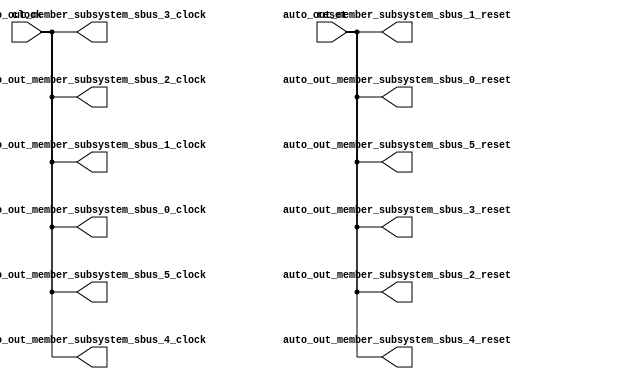
module SimpleClockGroupSource(
  input   clock,
  input   reset,
  output  auto_out_member_subsystem_sbus_5_clock,
  output  auto_out_member_subsystem_sbus_5_reset,
  output  auto_out_member_subsystem_sbus_4_clock,
  output  auto_out_member_subsystem_sbus_4_reset,
  output  auto_out_member_subsystem_sbus_3_clock,
  output  auto_out_member_subsystem_sbus_3_reset,
  output  auto_out_member_subsystem_sbus_2_clock,
  output  auto_out_member_subsystem_sbus_2_reset,
  output  auto_out_member_subsystem_sbus_1_clock,
  output  auto_out_member_subsystem_sbus_1_reset,
  output  auto_out_member_subsystem_sbus_0_clock,
  output  auto_out_member_subsystem_sbus_0_reset
);
  assign auto_out_member_subsystem_sbus_5_clock = clock; // @[Nodes.scala 1207:84 ClockGroup.scala 72:17]
  assign auto_out_member_subsystem_sbus_5_reset = reset; // @[Nodes.scala 1207:84 ClockGroup.scala 72:35]
  assign auto_out_member_subsystem_sbus_4_clock = clock; // @[Nodes.scala 1207:84 ClockGroup.scala 72:17]
  assign auto_out_member_subsystem_sbus_4_reset = reset; // @[Nodes.scala 1207:84 ClockGroup.scala 72:35]
  assign auto_out_member_subsystem_sbus_3_clock = clock; // @[Nodes.scala 1207:84 ClockGroup.scala 72:17]
  assign auto_out_member_subsystem_sbus_3_reset = reset; // @[Nodes.scala 1207:84 ClockGroup.scala 72:35]
  assign auto_out_member_subsystem_sbus_2_clock = clock; // @[Nodes.scala 1207:84 ClockGroup.scala 72:17]
  assign auto_out_member_subsystem_sbus_2_reset = reset; // @[Nodes.scala 1207:84 ClockGroup.scala 72:35]
  assign auto_out_member_subsystem_sbus_1_clock = clock; // @[Nodes.scala 1207:84 ClockGroup.scala 72:17]
  assign auto_out_member_subsystem_sbus_1_reset = reset; // @[Nodes.scala 1207:84 ClockGroup.scala 72:35]
  assign auto_out_member_subsystem_sbus_0_clock = clock; // @[Nodes.scala 1207:84 ClockGroup.scala 72:17]
  assign auto_out_member_subsystem_sbus_0_reset = reset; // @[Nodes.scala 1207:84 ClockGroup.scala 72:35]
endmodule